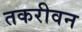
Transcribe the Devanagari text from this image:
तकरीवन